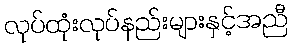
လုပ်ထုံးလုပ်နည်းများနှင့်အညီ